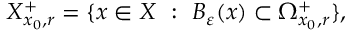
X _ { x _ { 0 } , r } ^ { + } = \{ x \in X \ : \ B _ { \varepsilon } ( x ) \subset \Omega _ { x _ { 0 } , r } ^ { + } \} ,